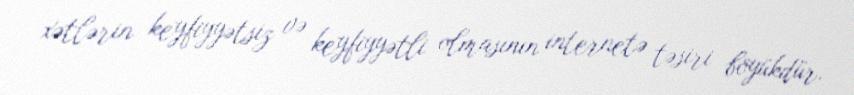
xətlərin keyfiyyətsiz və keyfiyyətli olmasının internetə təsiri böyükdür.